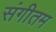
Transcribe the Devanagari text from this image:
संगीतम